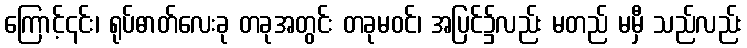
ကြောင့်၎င်း၊ ရုပ်ဓာတ်လေးခု တခုအတွင်း တခုမဝင်၊ အပြင်၌လည်း မတည် မမှီ သည်လည်း